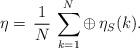
LaTeX: \begin{align*}\eta=\,\frac{1}{N}\,\sum^N_{k=1}\oplus\, \eta_S(k). \end{align*}